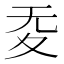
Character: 𡕠